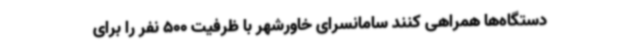
دستگاه‌ها همراهی کنند سامانسرای خاورشهر با ظرفیت 500 نفر را برای